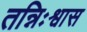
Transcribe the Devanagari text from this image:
तन्निःश्वास